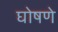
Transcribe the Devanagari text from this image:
घोषणे